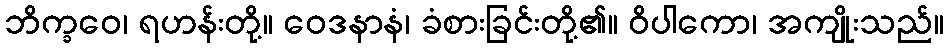
ဘိက္ခဝေ၊ ရဟန်းတို့။ ဝေဒနာနံ၊ ခံစားခြင်းတို့၏။ ဝိပါကော၊ အကျိုးသည်။